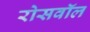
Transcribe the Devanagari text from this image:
रोसवॉल